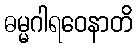
ဓမ္မဂါရဝေနာတိ